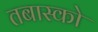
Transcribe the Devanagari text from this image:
तबास्को